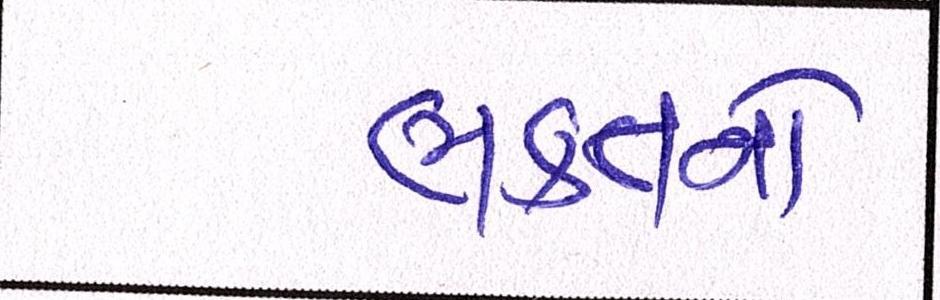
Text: ભક્તનો